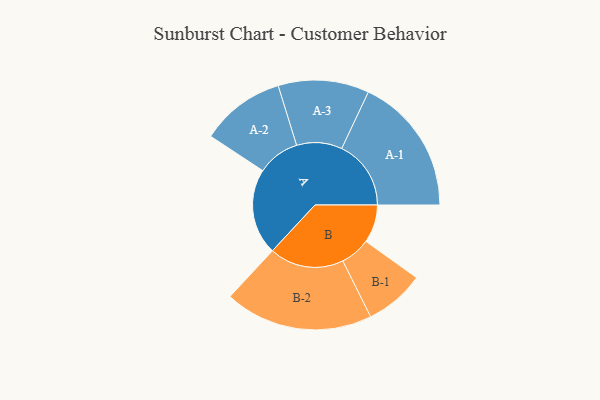
{"axis": {"x": "Segment", "y": "Value"}, "legend": ["", "A", "B"], "data": [{"x": "A", "y": 328, "type": ""}, {"x": "B", "y": 145, "type": ""}, {"x": "A-1", "y": 264, "type": "A"}, {"x": "A-2", "y": 161, "type": "A"}, {"x": "A-3", "y": 173, "type": "A"}, {"x": "B-1", "y": 114, "type": "B"}, {"x": "B-2", "y": 283, "type": "B"}]}